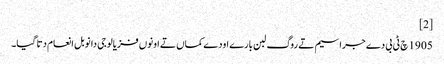
[2]
1905 چ ٹی بی دے جراسیم تے روگ لبن بارے اودے کماں تے اونوں فزیالوجی دا نوبل انعام دتا گیا۔